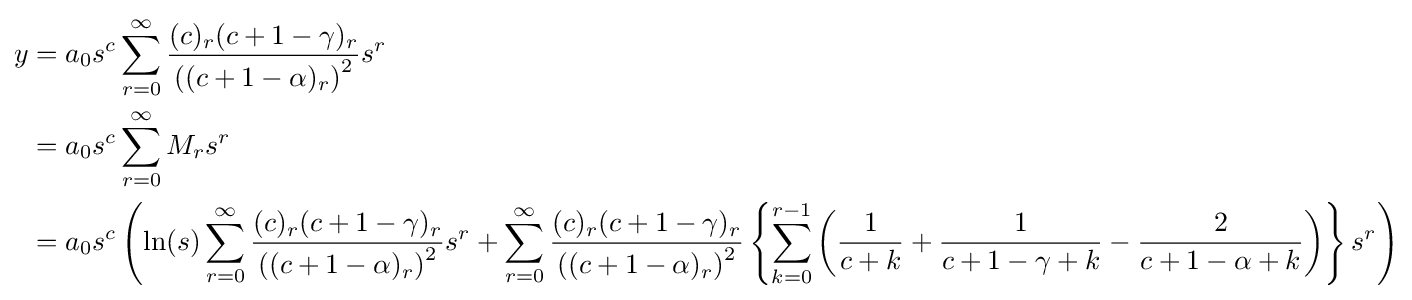
{\begin{aligned}y&=a_{0}s^{c}\sum _{r=0}^{\infty }{\frac {(c)_{r}(c+1-\gamma )_{r}}{\left((c+1-\alpha )_{r}\right)^{2}}}s^{r}\\&=a_{0}s^{c}\sum _{r=0}^{\infty }{M_{r}s^{r}}\\&=a_{0}s^{c}\left(\ln(s)\sum _{r=0}^{\infty }{\frac {(c)_{r}(c+1-\gamma )_{r}}{\left((c+1-\alpha )_{r}\right)^{2}}}s^{r}+\sum _{r=0}^{\infty }{\frac {(c)_{r}(c+1-\gamma )_{r}}{\left((c+1-\alpha )_{r}\right)^{2}}}\left\{\sum _{k=0}^{r-1}{\left({\frac {1}{c+k}}+{\frac {1}{c+1-\gamma +k}}-{\frac {2}{c+1-\alpha +k}}\right)}\right\}s^{r}\right)\end{aligned}}